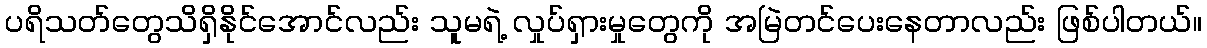
ပရိသတ်တွေသိရှိနိုင်အောင်လည်း သူမရဲ့ လှုပ်ရှားမှုတွေကို အမြဲတင်ပေးနေတာလည်း ဖြစ်ပါတယ်။